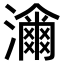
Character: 𤁶